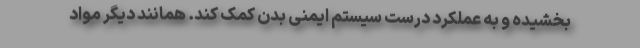
بخشیده و به عملکرد درست سیستم ایمنی بدن کمک کند. همانند دیگر مواد